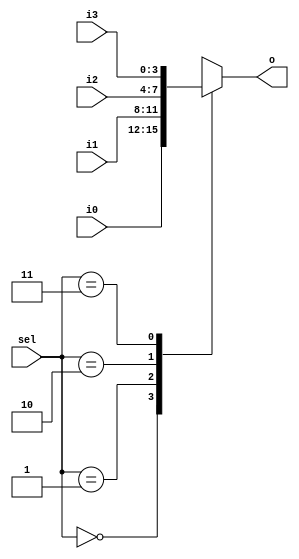
`timescale 1ns / 1ps
//////////////////////////////////////////////////////////////////////////////////
// Company: 
// 
// Design Name: Multiplexer 4x1
// Module Name: Multiplexer_4x1
// Project Name: Multiplexer 4x1 
// Target Devices: 
// Tool Versions: Vivado 2020.2.2
// Description: 
// 
// Dependencies: 
// 
// Revision:
// Revision 0.01 - File Created
// Additional Comments:
// 
//////////////////////////////////////////////////////////////////////////////////


module Multiplexer_4x1 #(parameter size=4)(
    o,
    sel,
    i0,
    i1,
    i2,
    i3
    );
    
    output reg [size-1:0]o;
    input [1:0]sel;
    input [size-1:0]i0;
    input [size-1:0]i1;
    input [size-1:0]i2;
    input [size-1:0]i3;
    
    always@(*)
    begin
        case(sel)
            'b00 : o = i0;
            'b01 : o = i1;
            'b10 : o = i2;
            'b11 : o = i3;
            default : o = i0;
        endcase
    end
endmodule